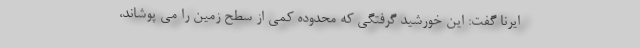
ایرنا گفت: این خورشید گرفتگی که محدوده کمی از سطح زمین را می پوشاند،